Insane asylums in Bengal annual reports 1876-1887 - 1876-1887
Year: 1876
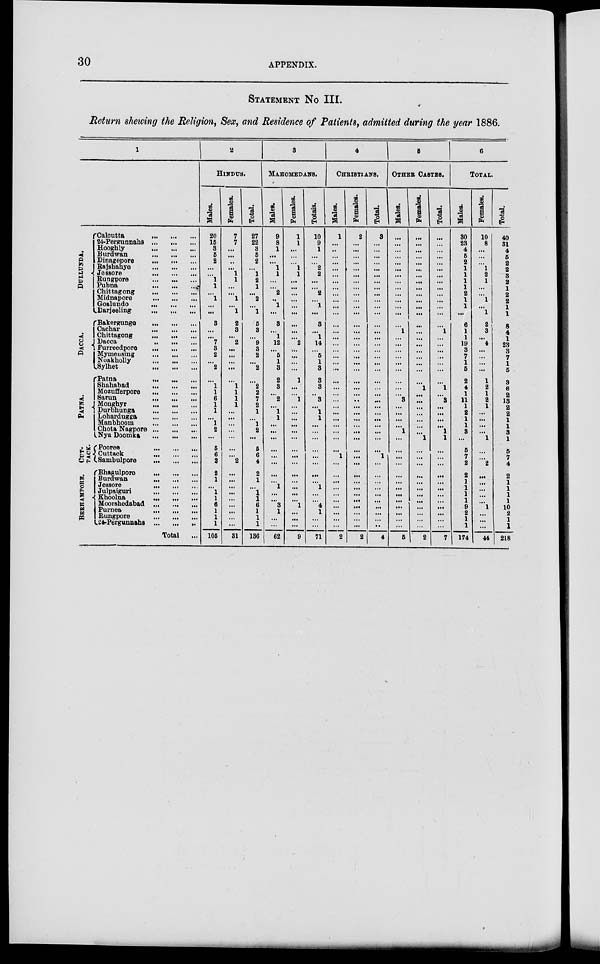
30
APPENDIX.
STATEMENT No III.
Return shewing the Religion, Sex, and Residence of Patients... admitted during the year 1886.
1
DULLUITDA.
DACCA.
PATNA.
CUT—
TACK.
BE RHAMP ORE .
Calcutta
...
...
...
24-Pergunnahs ... ... ...
Hooghly
...
...
...
Burawan
...
...
...
Dinagepore
...
...
...
Rajshanye
...
...
...
Jessore
...
...
...
Rungpore
...
...
...
Pubna
...
...
...
Chittagong
...
...
...
Midnapore
...
...
...
Goalundo
...
...
...
Darjeeling
...
...
...
Bakergunge
...
...
...
Cachar
...
...
...
Chittagong
...
...
...
Dacca
...
...
...
Furreedpore
...
...
...
Mymeusing
...
...
...
Noakholly
...
...
...
Sylhet
...
...
...
Patna
...
...
...
Shahabad
...
...
...
Mozufferpore
...
...
...
Sarun
...
...
...
Mongtayr
...
...
...
Durbhunga
...
...
...
Lohardugga
...
...
...
Manbhoom
...
...
...
Chota Nagpore
...
...
...
Nya Doomka
...
...
...
Pooree
...
...
...
Cuttack
...
...
...
Sambulpore
...
...
...
Bhagulpore
...
...
...
Burdwan
...
...
...
Jessore
...
...
...
Julpaiguri
...
...
...
Khoolna
...
...
...
Moorshedabad
...
...
...
Purnea
...
...
...
Rungpore
...
...
...
24-Pergunnahs
...
...
...
Total ...
2
HINDUS.
Males.
20
15
3
5
2
...
...
1
1
...
1
...
...
3
...
...
7
3
2
...
2
...
1
1
6
1
1
...
1
2
...
5
6
2
2
1
...
1
1
6
1
1
1
105
Females.
7
7
...
...
...
...
1
1
...
...
1
...
1
2
3
...
2
...
...
...
...
...
1
1
1
1
...
...
...
...
...
...
...
2
...
...
...
...
...
...
... ...
...
31
Total.
27
22
3
5
2
...
1
2
1
...
2
... 1
5
3
...
9
3
2
...
2
...
2
2
7
2
1
...
1
2
...
5
6
4
2
1
...
1 1 6
1
1
1
136
3
MAHOMEDANS.
Males.
9
8
1
...
...
1
1
...
...
2
...
1
...
8
...
1
12
...
5
1
3
2
3
...
2
...
1
1
...
...
...
...
...
...
...
...
1
...
...
3
1
...
...
62
Females.
1
1
...
...
...
1
1
...
...
...
...
...
...
...
...
...
2
...
...
...
...
1
...
...
1
...
...
...
...
...
...
...
...
...
...
...
...
...
...
1
...
...
...
9
Totals.
10
9
1
...
...
2
2
...
...
2
...
1
...
3
...
1
14
...
5
1
3
3
3
...
3
...
1
1
...
...
...
...
...
...
...
...
1
...
...
4
1
...
...
71
4
CHRISTIANS.
Males.
1
...
...
...
...
...
...
...
...
...
...
...
...
...
...
...
...
...
...
...
...
...
...
...
...
...
...
...
...
...
...
...
1
...
...
...
...
...
...
...
...
...
...
2
Females.
2
...
...
...
...
...
...
...
...
...
...
...
...
...
...
...
...
...
...
...
...
...
...
...
...
...
...
...
...
...
...
...
...
...
...
...
...
...
...
...
...
...
...
2
Total
3
...
...
...
...
...
...
...
...
...
...
...
...
...
...
...
...
...
...
...
...
...
...
...
...
...
...
...
...
...
...
...
1
...
...
...
...
...
...
...
...
...
...
4
5
OTHER CASTES.
Males.
...
...
...
...
...
...
...
...
...
...
...
...
...
...
1
...
...
...
...
...
...
...
...
...
3
...
...
...
...
1
...
...
...
...
...
...
...
...
...
...
...
...
...
5
Females.
...
...
...
...
...
...
...
...
...
...
...
...
...
...
...
...
...
...
...
...
...
...
1
...
...
...
...
...
...
...
1
...
...
...
...
...
...
...
...
...
...
...
...
2
Total.
...
...
...
...
...
...
...
...
...
...
...
...
...
...
l
...
...
...
...
...
...
...
l
...
3
...
...
...
...
1
1
...
...
...
...
...
...
...
...
...
...
...
...
7
6
TOTAL.
Males.
30
23
4
5
2
1
1
1
1
2
1
1
...
6
1
1
19
3
7
1
5
2
4
1
11
1
2
1
1
3
...
5
7
2
2
1
1
1
1
9
2
1
1
174
Females.
10
8
...
...
...
1
2
1
...
...
1
...
1
2
3
...
4
...
...
...
...
1
2
1
2 1
...
...
...
...
1
...
...
2
...
...
...
...
...
1
...
...
...
44
Total.
40
31
4
5
2
2
8
2
1
2
2
1
1
8
4
1
23
3
7
1
5
3
6
2
13
2
2
1
1
3
1
5
7
4
2
1
1
1
1
10
2
1
1
218